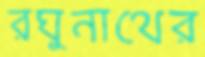
রঘুনাথের